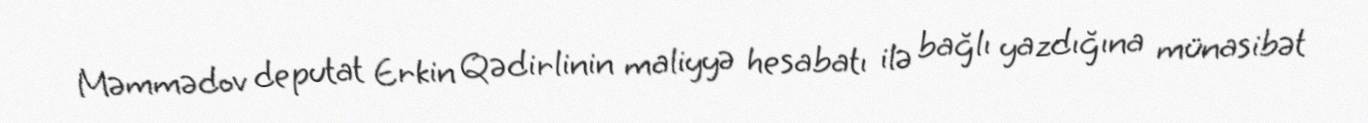
Məmmədov deputat Erkin Qədirlinin maliyyə hesabatı ilə bağlı yazdığına münasibət